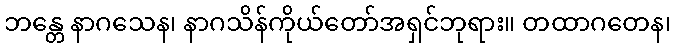
ဘန္တေ နာဂသေန၊ နာဂသိန်ကိုယ်တော်အရှင်ဘုရား။ တထာဂတေန၊